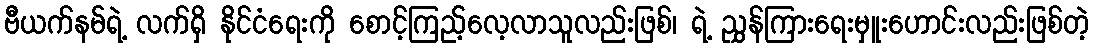
ဗီယက်နမ်ရဲ့ လက်ရှိ နိုင်ငံရေးကို စောင့်ကြည့်လေ့လာသူလည်းဖြစ်၊ ရဲ့ ညွှန်ကြားရေးမှူးဟောင်းလည်းဖြစ်တဲ့